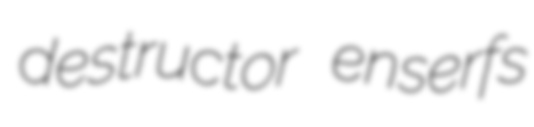
destructor enserfs